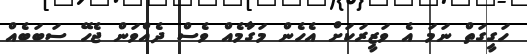
ހަގީގަތް ނަމަ އެ ވަޒީރަކަށް އެހެން މަގާމެއް ވެސް ދެއްވަން ޖެހޭ ސަބަބެއް